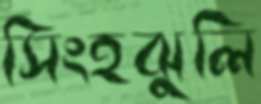
সিংহঝুলি